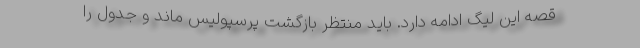
قصه این لیگ ادامه دارد. باید منتظر بازگشت پرسپولیس ماند و جدول را